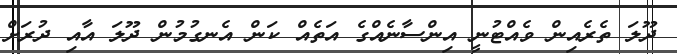
ދޫލަ ތެރެއިން ވެއްޓުނީ އިންސާނެއްގެ އަތެއް ކަން އެނގުމުން ދޫލަ އާއި ދުރަށް